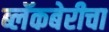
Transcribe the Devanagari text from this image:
ब्लॅकबेरीचा